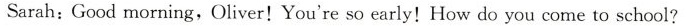
Sarah:Good morning,Oliver!You're so early!How do you come to school?